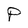
Character: P